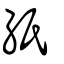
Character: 紙